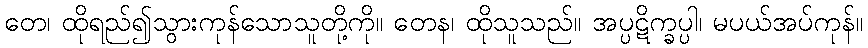
တေ၊ ထိုရည်၍သွားကုန်သောသူတို့ကို။ တေန၊ ထိုသူသည်။ အပ္ပဋိက္ခပ္ပါ၊ မပယ်အပ်ကုန်။